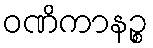
ဝဏိကာနဉ္စ